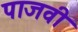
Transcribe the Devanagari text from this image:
पाजवी